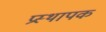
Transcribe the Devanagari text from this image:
प्रस्थापक